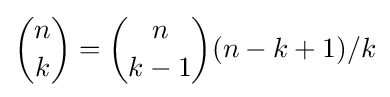
{\binom {n}{k}}={\binom {n}{k-1}}(n-k+1)/k